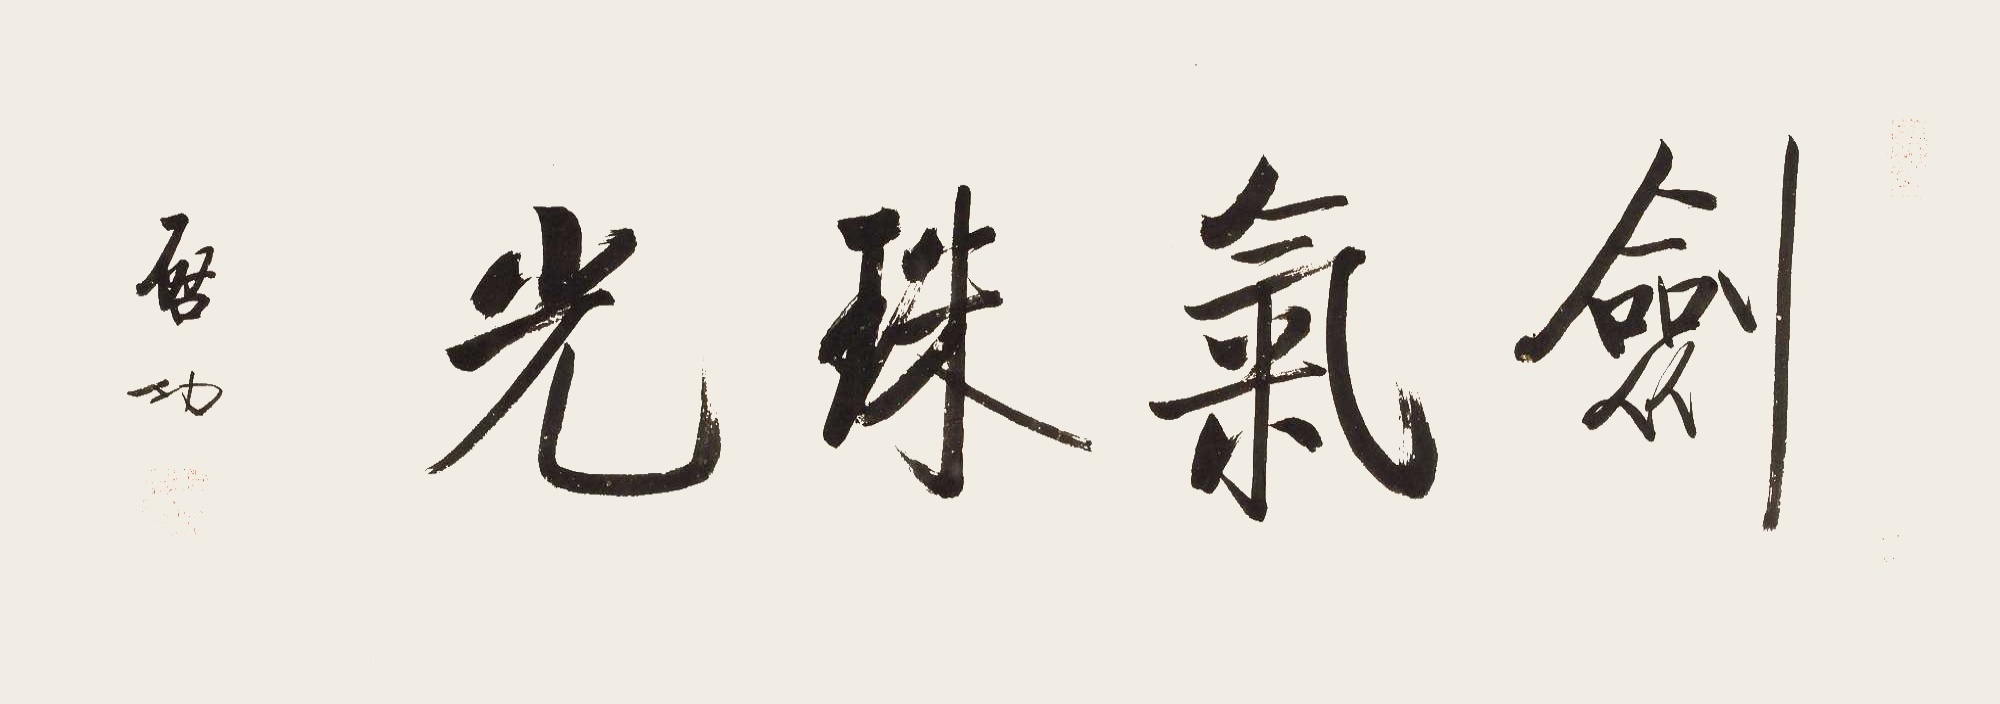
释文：剑气珠光启功。